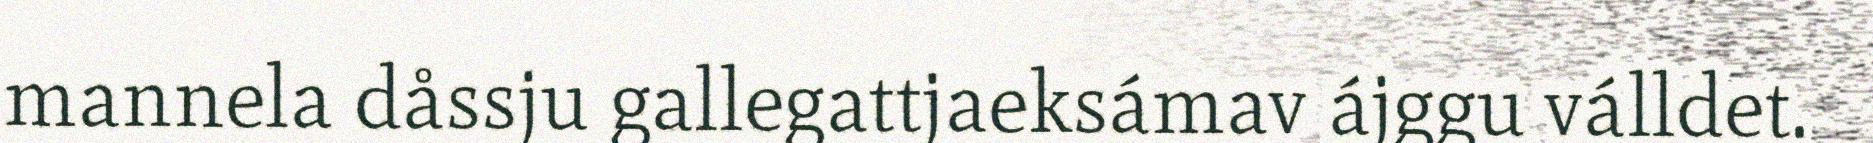
mannela dåssju gallegattjaeksámav ájggu válldet.